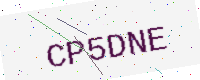
Text: CP5DNE